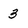
Character: 3